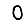
Digit: 0